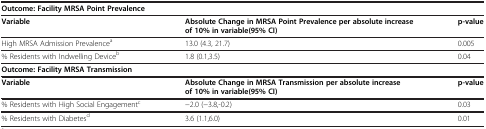
<table><thead><tr><td colspan="3"><b>Outcome: Facility MRSA Point Prevalence</b></td></tr></thead><tbody><tr><td><b>Variable</b></td><td><b>Absolute Change in MRSA Point Prevalence per absolute increase of 10% in variable(95% CI)</b></td><td><b>p-value</b></td></tr><tr><td>High MRSA Admission Prevalence<sup>a</sup></td><td>13.0 (4.3, 21.7)</td><td>0.005</td></tr><tr><td>% Residents with Indwelling Device<sup>b</sup></td><td>1.8 (0.1,3.5)</td><td>0.04</td></tr><tr><td colspan="3"><b>Outcome: Facility MRSA Transmission</b></td></tr><tr><td><b>Variable</b></td><td><b>Absolute Change in MRSA Transmission per absolute increase of 10% in variable(95% CI)</b></td><td><b>p-value</b></td></tr><tr><td>% Residents with High Social Engagement<sup>c</sup></td><td>−2.0 (−3.8,-0.2)</td><td>0.03</td></tr><tr><td>% Residents with Diabetes<sup>d</sup></td><td>3.6 (1.1,6.0)</td><td>0.01</td></tr></tbody></table>